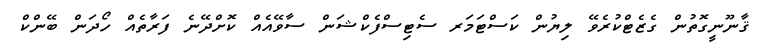
ޤާނޫނީގޮތުން ގެޒެޓްކުރެވޭ ލިޔުން ކަސްޓަމަރ ސެޓިސްފެކްޝަން ސާވޭއެއް ކޮށްދޭނެ ފަރާތެއް ހޯދަން ބޭންކް